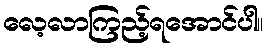
လေ့လာကြည့်ရအောင်ပါ။